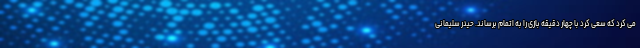
می کرد که سعی کرد با چهار دقیقه بازی را به اتمام برساند. حیدر سلیمانی